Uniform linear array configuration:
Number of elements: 48
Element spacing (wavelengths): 1
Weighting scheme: uniform
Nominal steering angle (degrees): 0
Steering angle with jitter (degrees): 1.95
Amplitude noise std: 0.05
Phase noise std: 0.05

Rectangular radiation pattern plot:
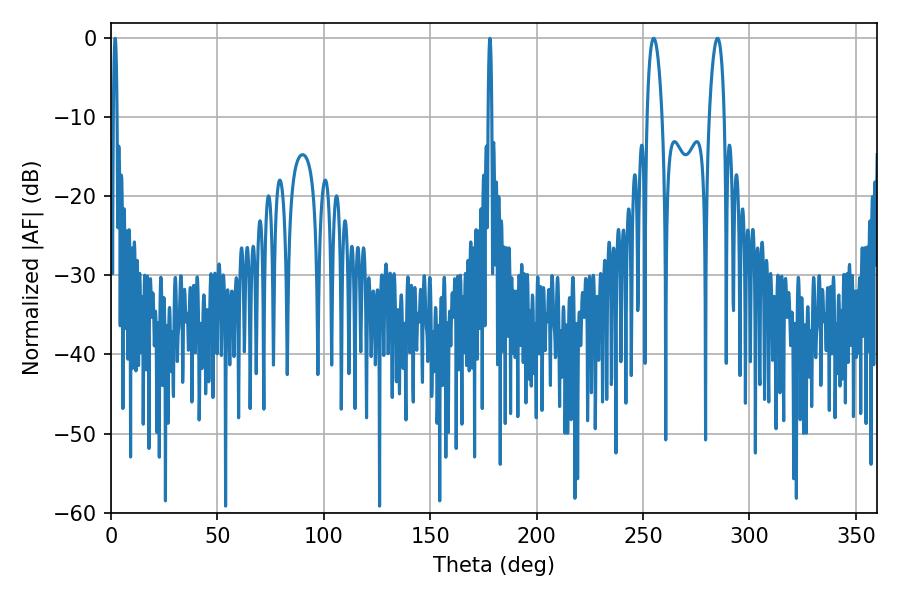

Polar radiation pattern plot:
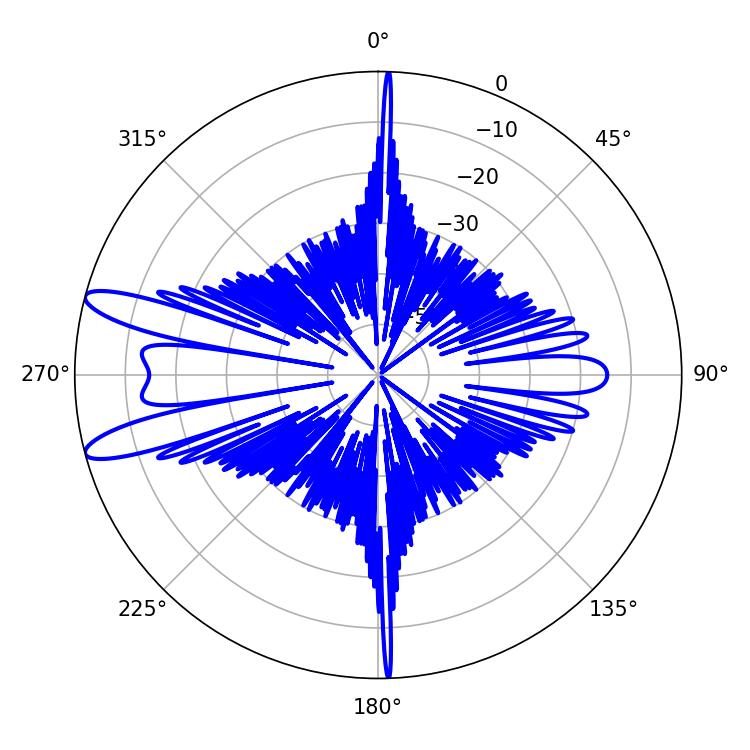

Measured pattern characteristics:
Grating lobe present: TRUE
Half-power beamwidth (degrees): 3.96
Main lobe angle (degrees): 284.94